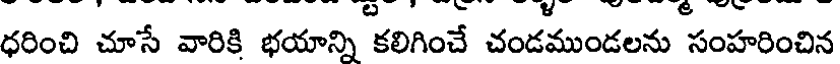
ధరించి చూసే వారికి భయాన్ని కలిగించే చండముండలను సంహరించిన